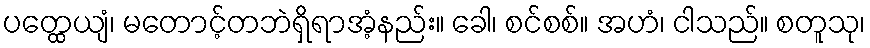
ပတ္ထေယျံ၊ မတောင့်တဘဲရှိရာအံ့နည်း။ ခေါ၊ စင်စစ်။ အဟံ၊ ငါသည်။ စတူသု၊